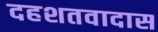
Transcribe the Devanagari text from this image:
दहशतवादास